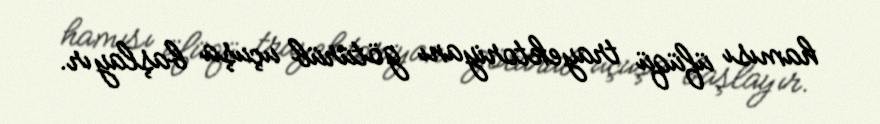
hamısı üfüqü trayektoriyanı götürüb uçuşa başlayır.